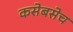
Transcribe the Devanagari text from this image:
कसेबसेच